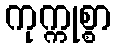
ကုက္ကုစ္စာ